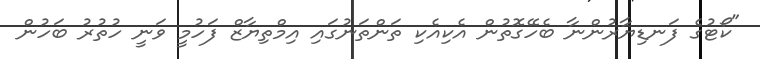
"ކޯޓުގެ ފަނޑިޔާރުންނާ ބެހޭގޮތުން އެކިއެކި ތަންތަނުގައި އިމްތިޔާޒް ފަހުމީ ވަނީ ހުތުރު ބަހުން